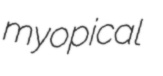
myopical